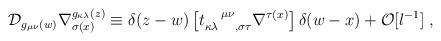
LaTeX: \begin{align*}{\cal D}_{g_{\mu \nu}(w)}\nabla^{g_{\kappa \lambda}(z)}_{\sigma(x)}\equiv \delta(z-w) \left[t_{\kappa \lambda\ \ \ , \sigma \tau}^{\ \ \ \mu \nu}\nabla^{\tau (x)} \right] \delta (w-x) + {\cal O}[l^{-1}] \; ,\end{align*}